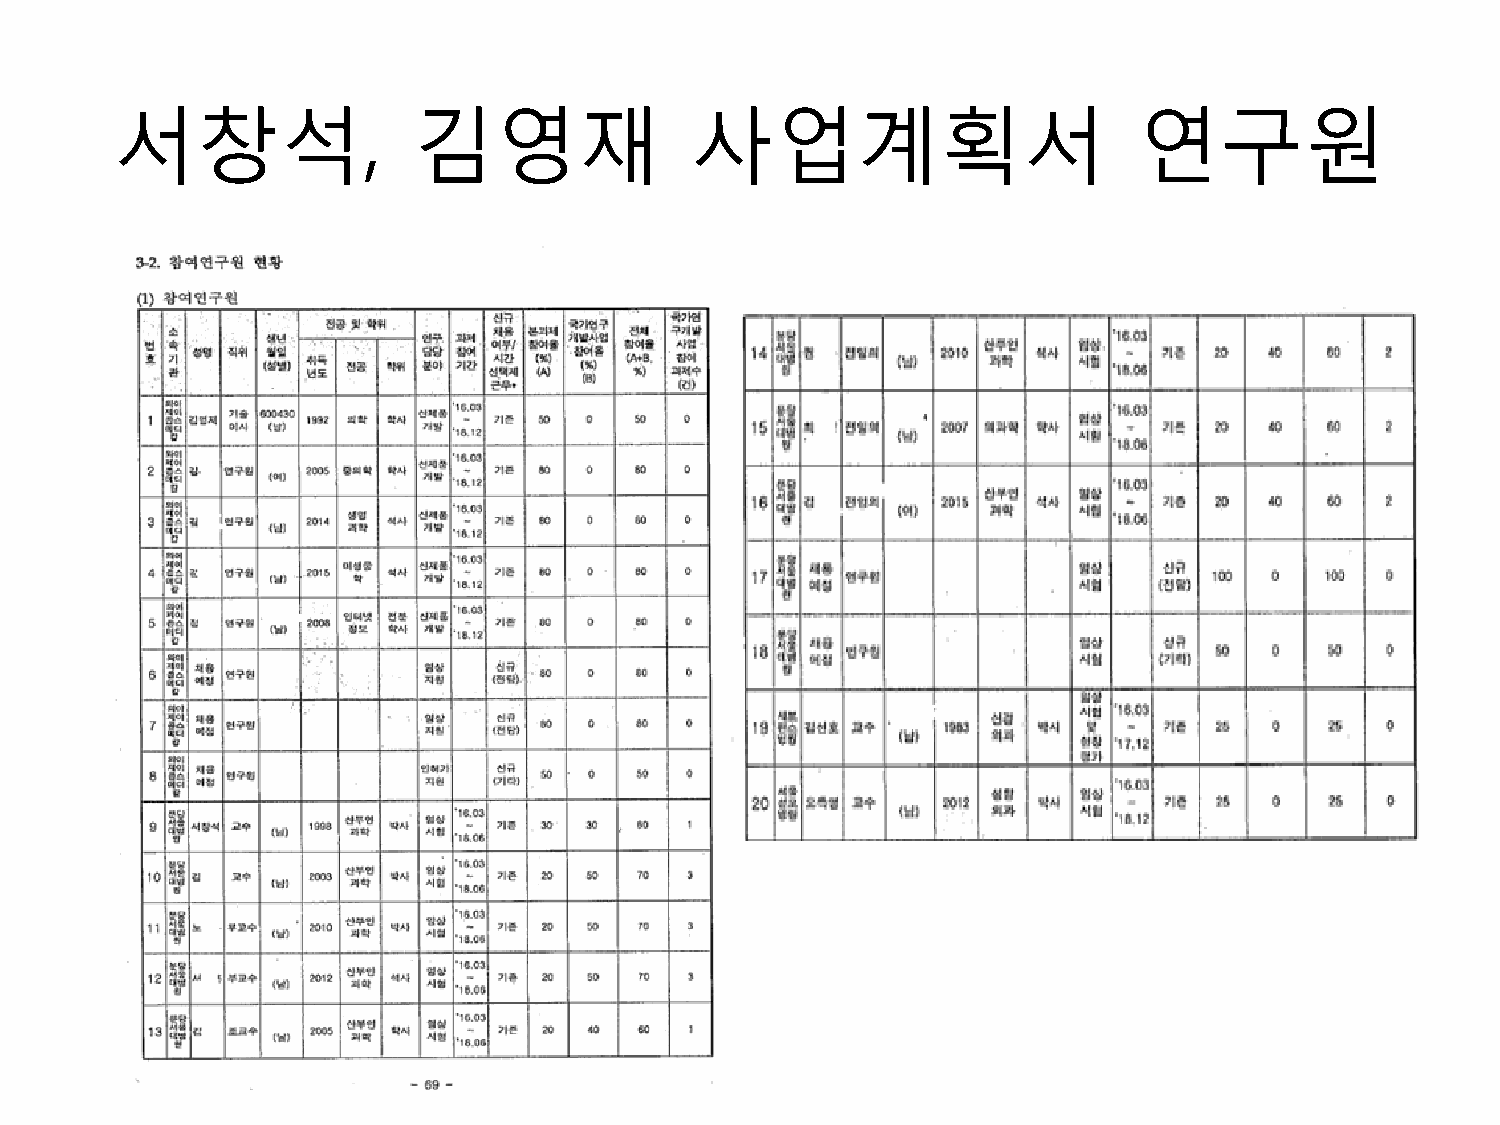
서창석,               김영재                사업계획서                        연구원